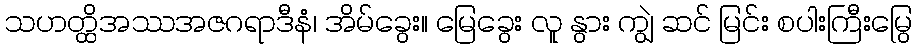
သဟတ္ထိအဿအဇဂရာဒီနံ၊ အိမ်ခွေး။ မြေခွေး လူ နွား ကျွဲ ဆင် မြင်း စပါးကြီးမြွေ